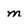
Character: m